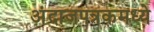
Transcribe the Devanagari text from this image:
अंदाजपत्रकमध्ये